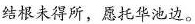
结根未得所，愿托华池边。